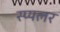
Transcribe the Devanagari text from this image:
स्प्यलर